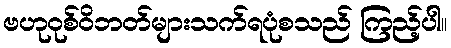
ဗဟုဝုစ်ဝိဘတ်များသက်ရပုံစသည် ကြည့်ပါ။